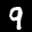
Label: 9